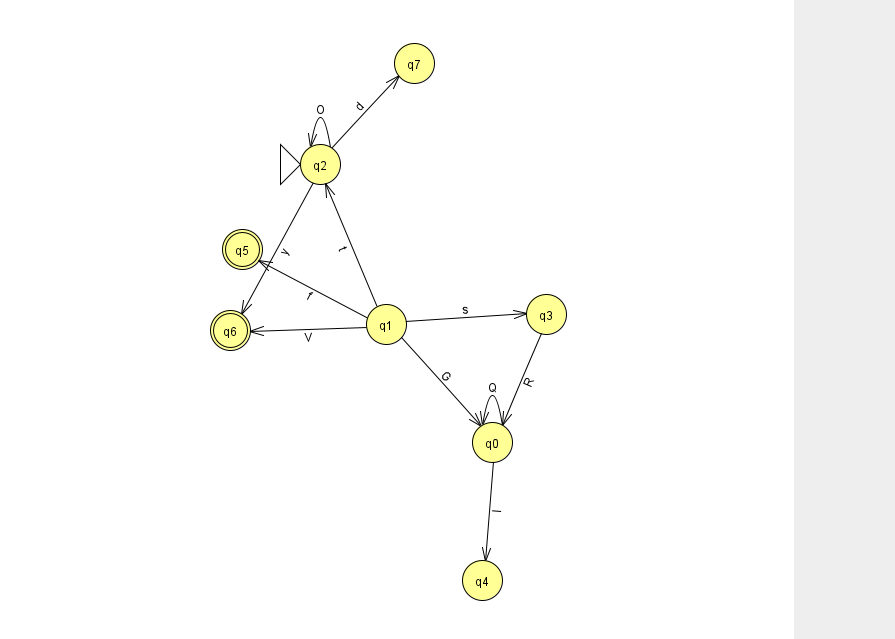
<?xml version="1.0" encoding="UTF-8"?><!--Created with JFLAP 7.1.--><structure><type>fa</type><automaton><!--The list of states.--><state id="0" name="q0"><x>492.0</x><y>429.0</y></state><state id="1" name="q1"><x>386.0</x><y>311.0</y></state><state id="2" name="q2"><x>320.0</x><y>151.0</y><initial/></state><state id="3" name="q3"><x>546.0</x><y>301.0</y></state><state id="4" name="q4"><x>482.0</x><y>567.0</y></state><state id="5" name="q5"><x>242.0</x><y>236.0</y><final/></state><state id="6" name="q6"><x>230.0</x><y>317.0</y><final/></state><state id="7" name="q7"><x>414.0</x><y>50.0</y></state><!--The list of transitions.--><transition><from>0</from><to>0</to><read>Q</read></transition><transition><from>1</from><to>6</to><read>V</read></transition><transition><from>2</from><to>7</to><read>d</read></transition><transition><from>1</from><to>3</to><read>s</read></transition><transition><from>1</from><to>5</to><read>f</read></transition><transition><from>2</from><to>6</to><read>y</read></transition><transition><from>0</from><to>4</to><read>l</read></transition><transition><from>3</from><to>0</to><read>R</read></transition><transition><from>1</from><to>0</to><read>G</read></transition><transition><from>1</from><to>2</to><read>t</read></transition><transition><from>2</from><to>2</to><read>O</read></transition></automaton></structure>